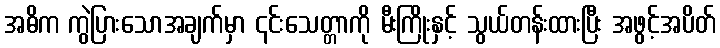
အဓိက ကွဲပြားသောအချက်မှာ ၎င်းသေတ္တာကို မီးကြိုးနှင့် သွယ်တန်းထားပြီး အဖွင့်အပိတ်